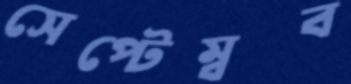
সেপ্টেম্বব